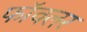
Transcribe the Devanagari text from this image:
फॉवलर